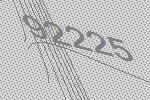
92225